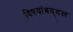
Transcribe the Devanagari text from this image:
विषयांबद्दल